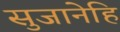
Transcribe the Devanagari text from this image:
सुजानेहि